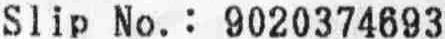
SLIP NO.: 9020374693